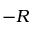
- R